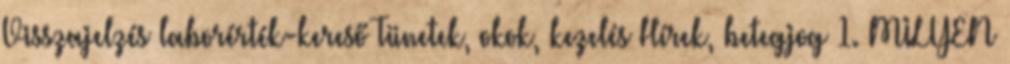
Visszajelzés laborérték-kereső Tünetek, okok, kezelés Hírek, betegjog 1. MILYEN